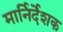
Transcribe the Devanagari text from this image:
मार्निर्देशक